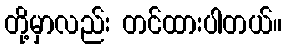
တို့မှာလည်း တင်ထားပါတယ်။